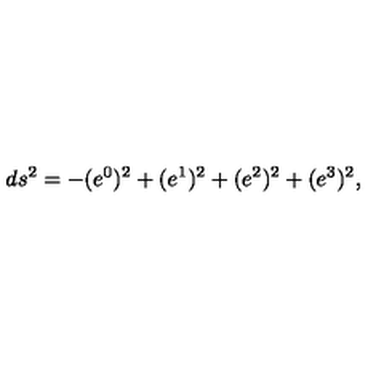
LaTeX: d s ^ { 2 } = - ( e ^ { 0 } ) ^ { 2 } + ( e ^ { 1 } ) ^ { 2 } + ( e ^ { 2 } ) ^ { 2 } + ( e ^ { 3 } ) ^ { 2 } ,